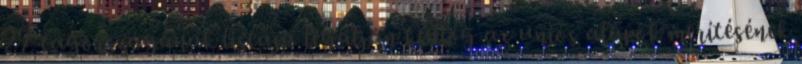
27 tagországának listája legalján kullog az uniós alapok merítésének